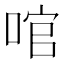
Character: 𠴨